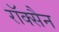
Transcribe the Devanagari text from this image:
रॉक्सैन